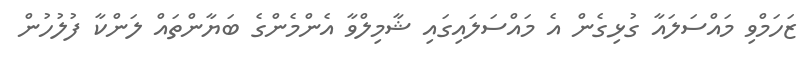
ޒަހަމްވި މައްސަލައާ ގުޅިގެން އެ މައްސަލައިގައި ޝާމިލްވާ އެންމެންގެ ބަޔާންތައް ލަންކާ ފުލުހުން